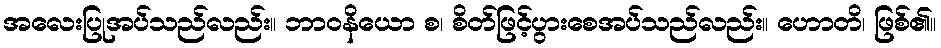
အလေးပြုအပ်သည်လည်း။ ဘာဝနိယော စ၊ စိတ်ဖြင့်ပွားစေအပ်သည်လည်း။ ဟောတိ၊ ဖြစ်၏။